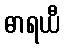
ဓာရယီ